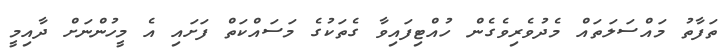
ތަފާތު މައްސަލަތައް މެދުވެރިވެގެން ހުއްޓިފައިވާ ގެތަކުގެ މަސައްކަތް ފަށައި އެ މީހުންނަށް ދާއިމީ